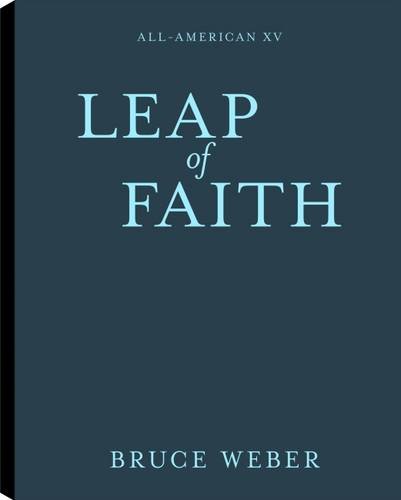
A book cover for All-American XV; Arts & Photography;